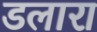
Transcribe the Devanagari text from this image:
डलारा